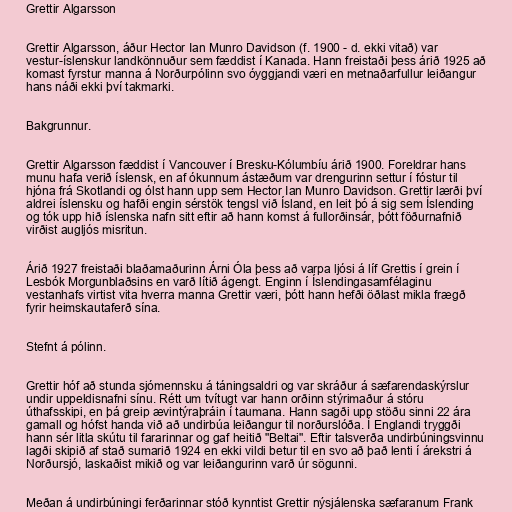
Grettir Algarsson

Grettir Algarsson, áður Hector Ian Munro Davidson (f. 1900 - d. ekki vitað) var
vestur-íslenskur landkönnuður sem fæddist í Kanada. Hann freistaði þess árið 1925 að
komast fyrstur manna á Norðurpólinn svo óyggjandi væri en metnaðarfullur leiðangur
hans náði ekki því takmarki.

Bakgrunnur.

Grettir Algarsson fæddist í Vancouver í Bresku-Kólumbíu árið 1900. Foreldrar hans
munu hafa verið íslensk, en af ókunnum ástæðum var drengurinn settur í fóstur til
hjóna frá Skotlandi og ólst hann upp sem Hector Ian Munro Davidson. Grettir lærði því
aldrei íslensku og hafði engin sérstök tengsl við Ísland, en leit þó á sig sem Íslending
og tók upp hið íslenska nafn sitt eftir að hann komst á fullorðinsár, þótt föðurnafnið
virðist augljós misritun.

Árið 1927 freistaði blaðamaðurinn Árni Óla þess að varpa ljósi á líf Grettis í grein í
Lesbók Morgunblaðsins en varð lítið ágengt. Enginn í Íslendingasamfélaginu
vestanhafs virtist vita hverra manna Grettir væri, þótt hann hefði öðlast mikla frægð
fyrir heimskautaferð sína.

Stefnt á pólinn.

Grettir hóf að stunda sjómennsku á táningsaldri og var skráður á sæfarendaskýrslur
undir uppeldisnafni sínu. Rétt um tvítugt var hann orðinn stýrimaður á stóru
úthafsskipi, en þá greip ævintýraþráin í taumana. Hann sagði upp stöðu sinni 22 ára
gamall og hófst handa við að undirbúa leiðangur til norðurslóða. Í Englandi tryggði
hann sér litla skútu til fararinnar og gaf heitið "Beltai". Eftir talsverða undirbúningsvinnu
lagði skipið af stað sumarið 1924 en ekki vildi betur til en svo að það lenti í árekstri á
Norðursjó, laskaðist mikið og var leiðangurinn varð úr sögunni.

Meðan á undirbúningi ferðarinnar stóð kynntist Grettir nýsjálenska sæfaranum Frank